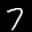
Label: 7